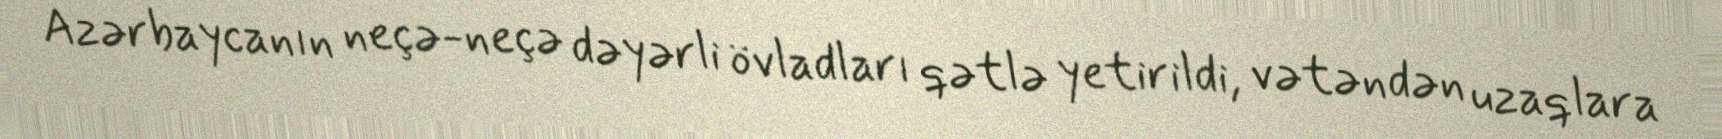
Azərbaycanın neçə-neçə dəyərli övladları qətlə yetirildi, vətəndən uzaqlara